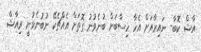
އާޝް ކޮބާ- ނައިރާއަށް އެހާ ހިސާބަށް ބުނެވުނު ގޮތަށް އެއްޗެކޭ ނުބުނެވުނީ ރިއާޝް